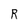
Character: R